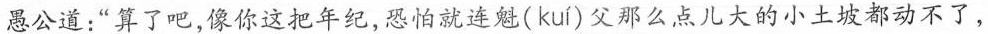
愚公道：“算了吧，像你这把年纪，恐怕就连魁( kuí )父那么点儿大的小土坡都动不了，